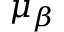
\mu _ { \beta }